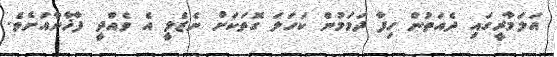
އަލަމާރީގައި ދެއަތުން ހިފާ ދަމަމުން ކަހަލަ ގޮތަކަށް ނެޒެލީ އެ ވެއްދީ ފާޚާނާއަށެވެ.